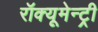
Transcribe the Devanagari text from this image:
रॉक्यूमेन्ट्री